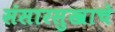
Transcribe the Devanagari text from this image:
संसारसुखाचे